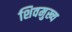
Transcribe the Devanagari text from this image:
शिवमुख्य